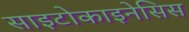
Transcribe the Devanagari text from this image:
साइटोकाइनेसिस